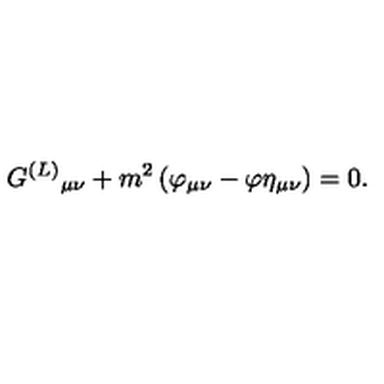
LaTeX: G ^ { ( L ) } { } _ { \mu \nu } + m ^ { 2 } \left( \varphi _ { \mu \nu } - \varphi \eta _ { \mu \nu } \right) = 0 .